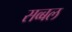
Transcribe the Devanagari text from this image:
सव्बल